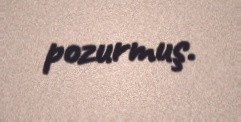
pozurmuş.